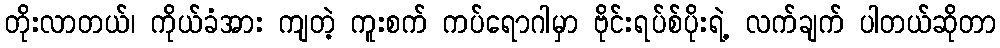
တိုးလာတယ်၊ ကိုယ်ခံအား ကျတဲ့ ကူးစက် ကပ်ရောဂါမှာ ဗိုင်းရပ်စ်ပိုးရဲ့ လက်ချက် ပါတယ်ဆိုတာ